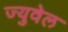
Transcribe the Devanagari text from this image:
ज्युवेल